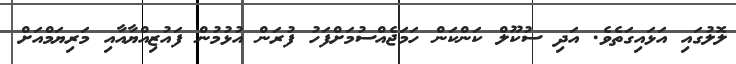
ލޮލުގައި އަޅައިގަތެވެ. އަދި ސުކޫލް ކަންކަން ހަމަޖެއްސުމަށްފަހު ފުރަން އުޅުމުން ފައުޒިއްޔާއާއި މަރިޔަމްއަށް